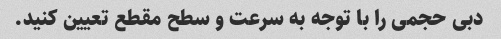
دبی حجمی را با توجه به سرعت و سطح مقطع تعیین کنید.